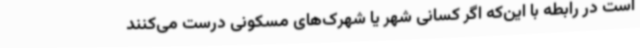
است در رابطه با این‌که اگر کسانی شهر یا شهرک‌های مسکونی درست می‌کنند